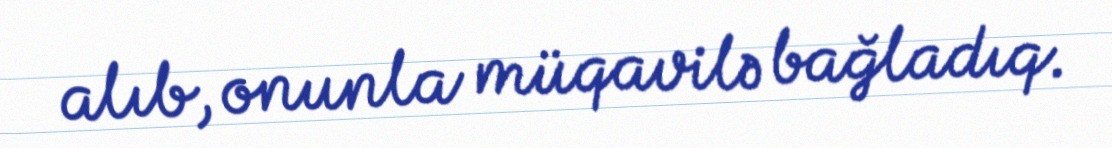
alıb, onunla müqavilə bağladıq.